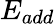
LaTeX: E_{add}